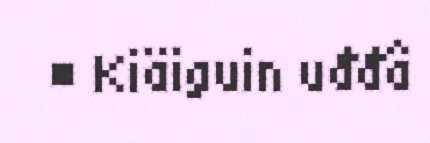
■ Kiäiguin uđđâ